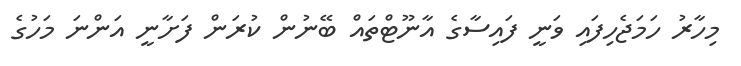
މިހާރު ހަމަޖެހިފައި ވަނީ ފައިސާގެ އާނޫޓްތައް ބޭނުން ކުރަން ފަށާނީ އަންނަ މަހުގެ